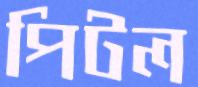
পিটল